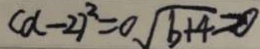
( d - 2 ) ^ { 2 } = 0 \sqrt { b + 4 } = 0